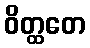
ဝိတ္ထတေ